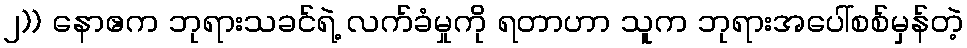
၂)) နောဧက ဘုရားသခင်ရဲ့ လက်ခံမှုကို ရတာဟာ သူက ဘုရားအပေါ်စစ်မှန်တဲ့